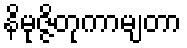
နိမုဇ္ဇိတုကာမျတာ